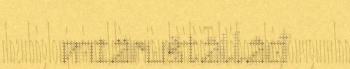
miäruštâllâđ